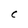
Character: C